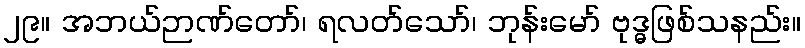
၂၉။ အဘယ်ဉာဏ်တော်၊ ရလတ်သော်၊ ဘုန်းမော် ဗုဒ္ဓဖြစ်သနည်း။